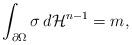
LaTeX: \begin{align*} \int_{\partial\Omega} \sigma \, d\mathcal H^{n-1} = m, \end{align*}